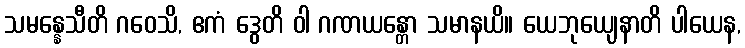
သမန္နေသီတိ ဂဝေသိ, ဧကံ ဒွေတိ ဝါ ဂဏယန္တော သမာနယိ။ ယေဘုယျေနာတိ ပါယေန,